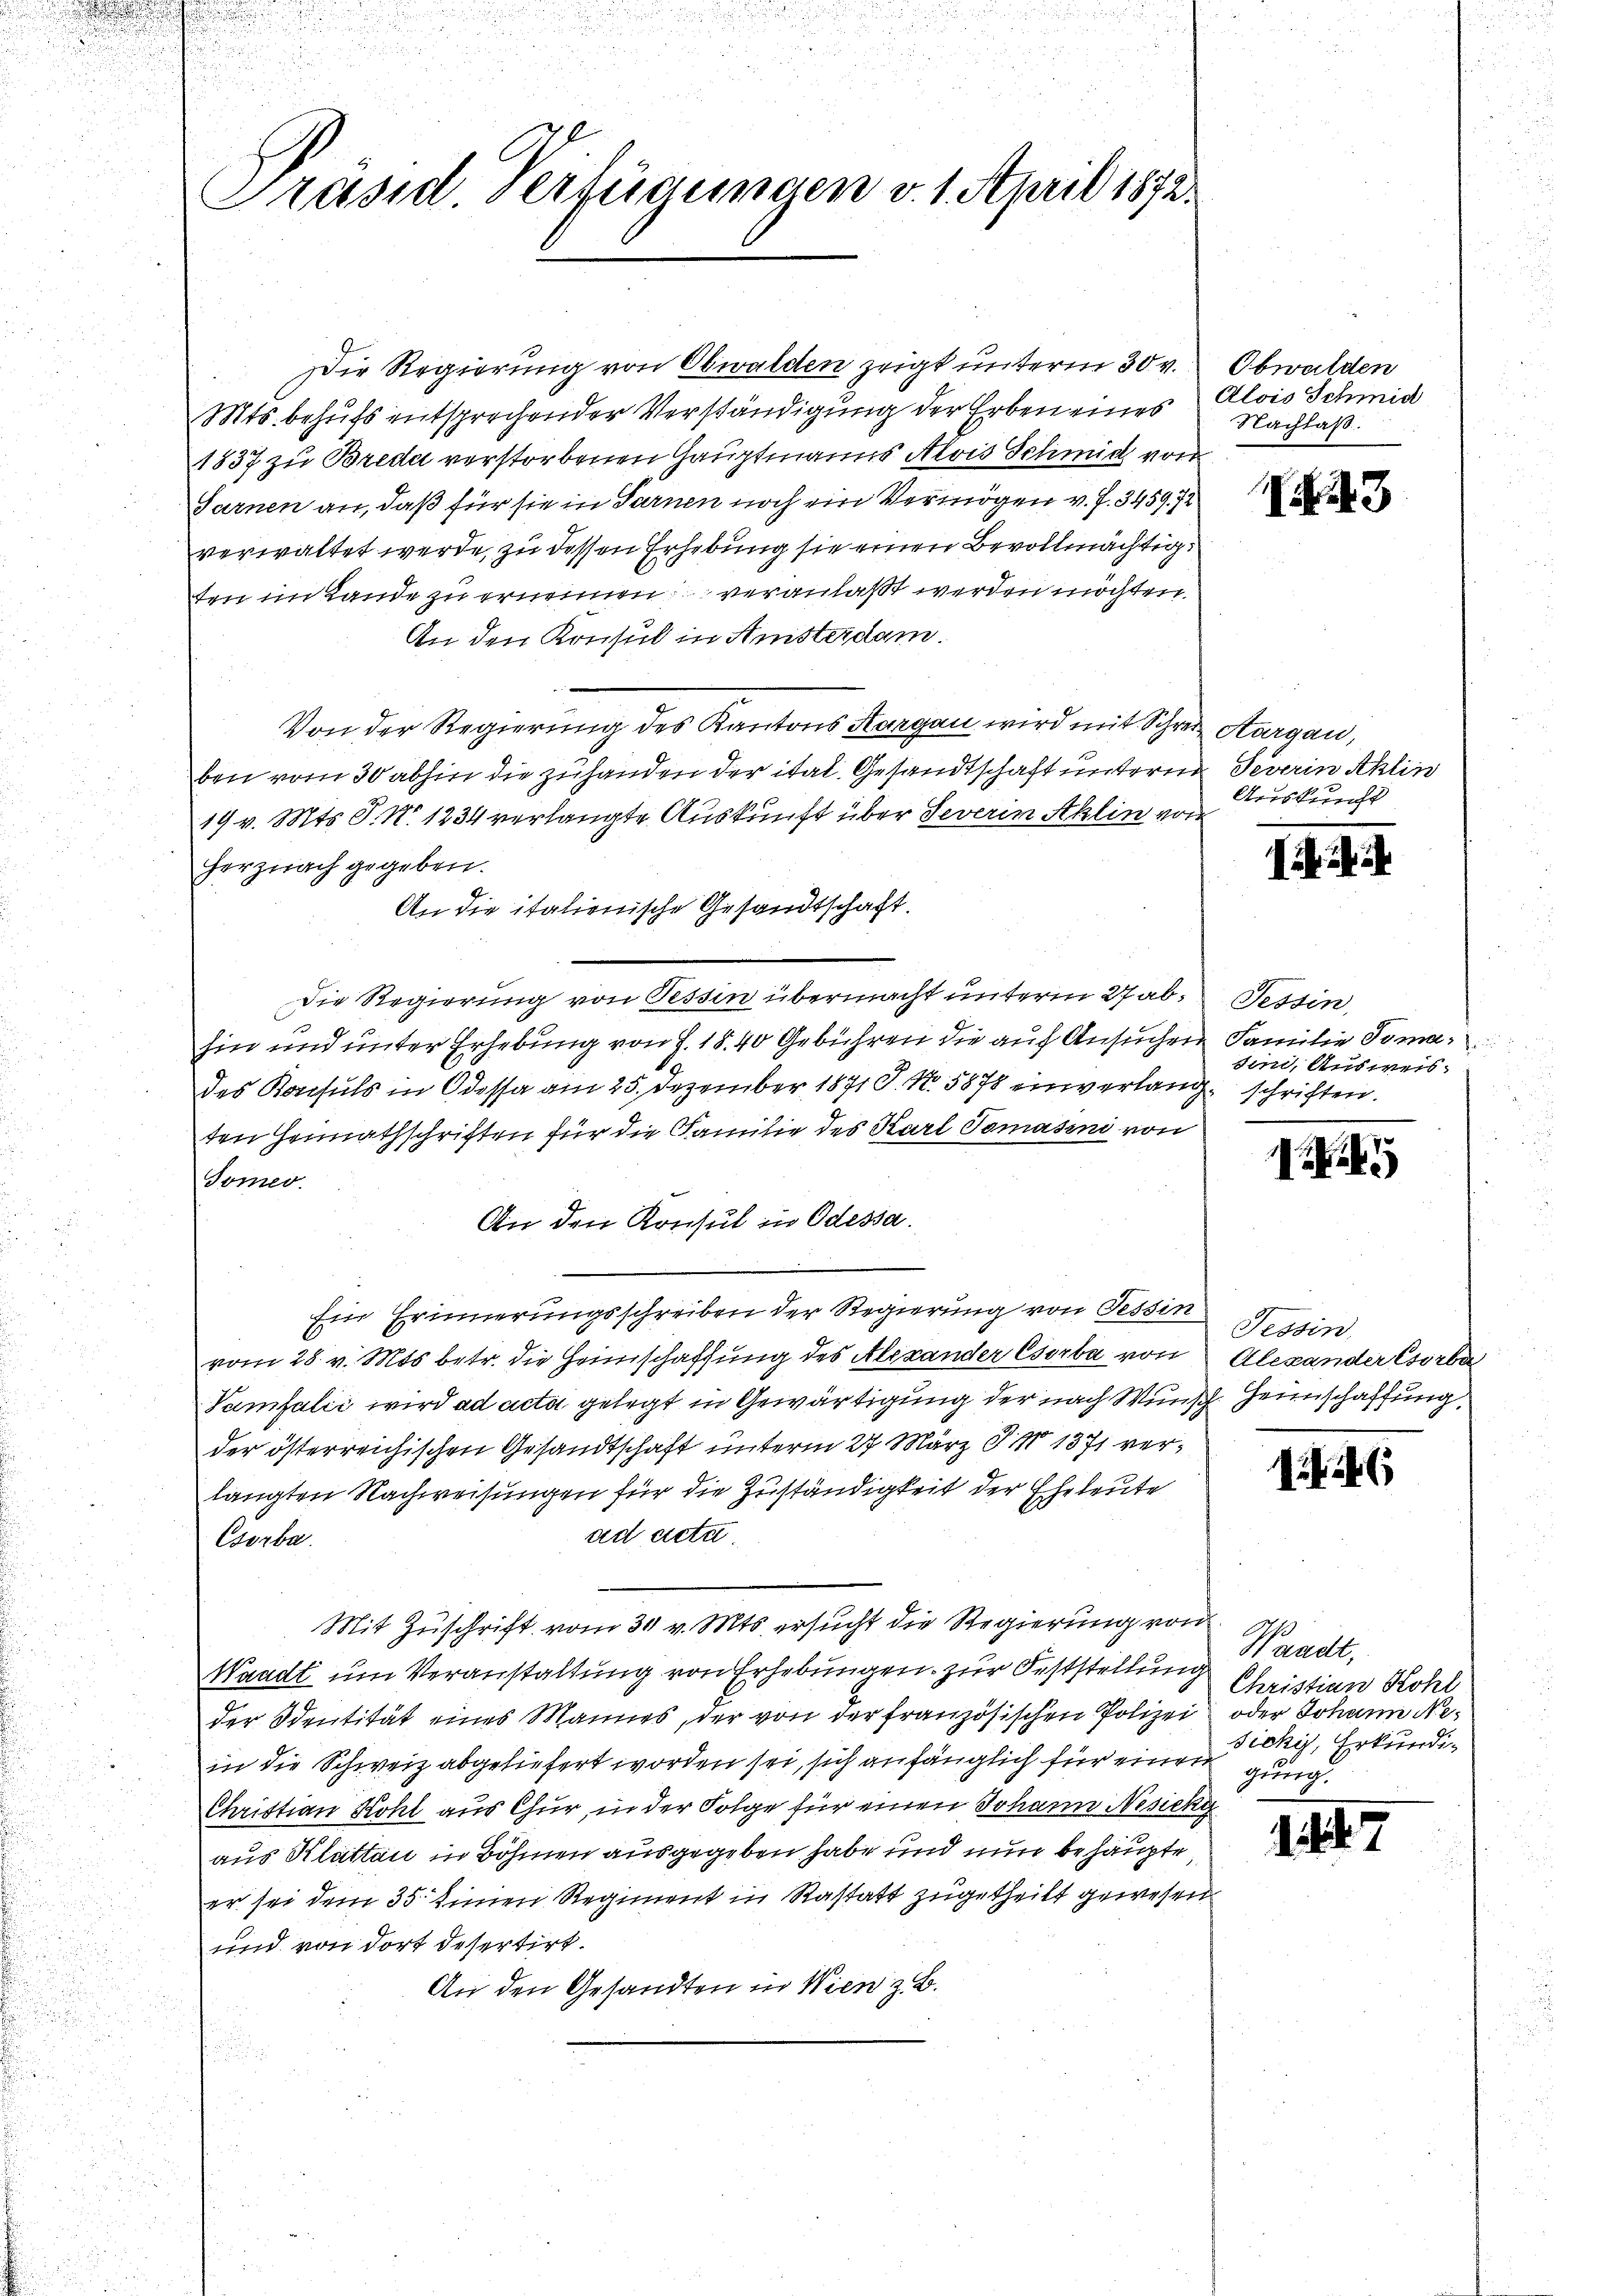
Präsid. Verfügungen v. 1. April 1872.

Die Regierung von Obwalden zeigt unterm 30. v.
Mts. behufs entsprechender Verständigung der Erben eines Alois Schmid
1837 zu Breda verstorbenen Hauptmanns Alois Schmid von
Sarnen an, daß für sie in Sarnen noch ein Vermögen v. J. 3459. 72
verwaltet werde, zu dessen Erhebung sie einen Bevollmächtig
ten im Lande zu ernennen veranlaßt werden möchten.
An den Konsul in Ansterdam.
Von der Regierung des Kantons Aargau wird mit Schrei Aargau,
ben vom 30 abhin die zuhanden der ital. Gesandtschaft unterm
19 v. Mts. S. No. 1234 verlangte Auskunft über Severin Aklin von
herznach gegeben.
An die italienische Gesandtschaft.
die Regierung von Tessin übermacht unterm 27 abhin und unter Erhebung von J. 18. 40 Gebühren die auf Ansuchen
des Konsuls in Odessa am 25. Dezember 1871 S. No. 5878 einverlangten Heimathschriften für die Familie des Karl Tomasini von
Somer.
An den Konsul in Odessa.
Ein Erinnerungsschreiben der Regierung von Tessin
vom 28. v. Mts. betr. die Heimschaffung des Alexander Csorba von
Vamfalić wird ad acta gelegt in Gewärtigung der nach Wunsch
der österreichischen Gesandtschaft unterm 27. März S. N. 1371 verlangten Nachweisungen für die Zuständigkeit der Eheleute
ad acta.
Csorba
Mit Zuschrift vom 30 v. Mts. ersucht die Regierung von
Waadt um Veranstaltung von Erhebungen zur Feststellung
der Sentität eines Mannes, der von der französischen Polizei
in die Schweiz abgeliefert worden sei, sich anfänglich für einen
Christian Kohl aus Chur, in der Folge für einen Johann Nesieka
aus Klattau in Böhmen ausgegeben habe und nun behaupte,
er sei dem 35. einen Regiment in Rastatt zugetheilt gewesen
und von dort desertirt.
An den Gesandten in Wien z. B.

Obwalden
Nachlaß.

3

Severin Ahlin
Auskurcht

1

Tessin
Familie Toma:
sini, Ausweis
schriften.

1

Tessin
Alexander Csorba
Heimschaffung

1

Waadt,
Christian Kohl
oder Johann N. 2.
Zichy, Erkundig
gnung.

117